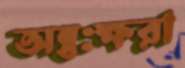
অন্তঃক্ষরা